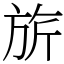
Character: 旂